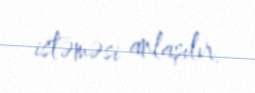
istəməsi anlaşılır.